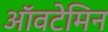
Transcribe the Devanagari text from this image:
ऑवटेमिन